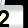
Digit: 2